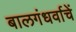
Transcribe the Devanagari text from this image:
बालगंधर्वाचें